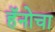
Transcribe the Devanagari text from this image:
हॅनोचा